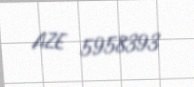
AZE 5958393